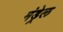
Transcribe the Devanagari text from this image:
मंड्रेल